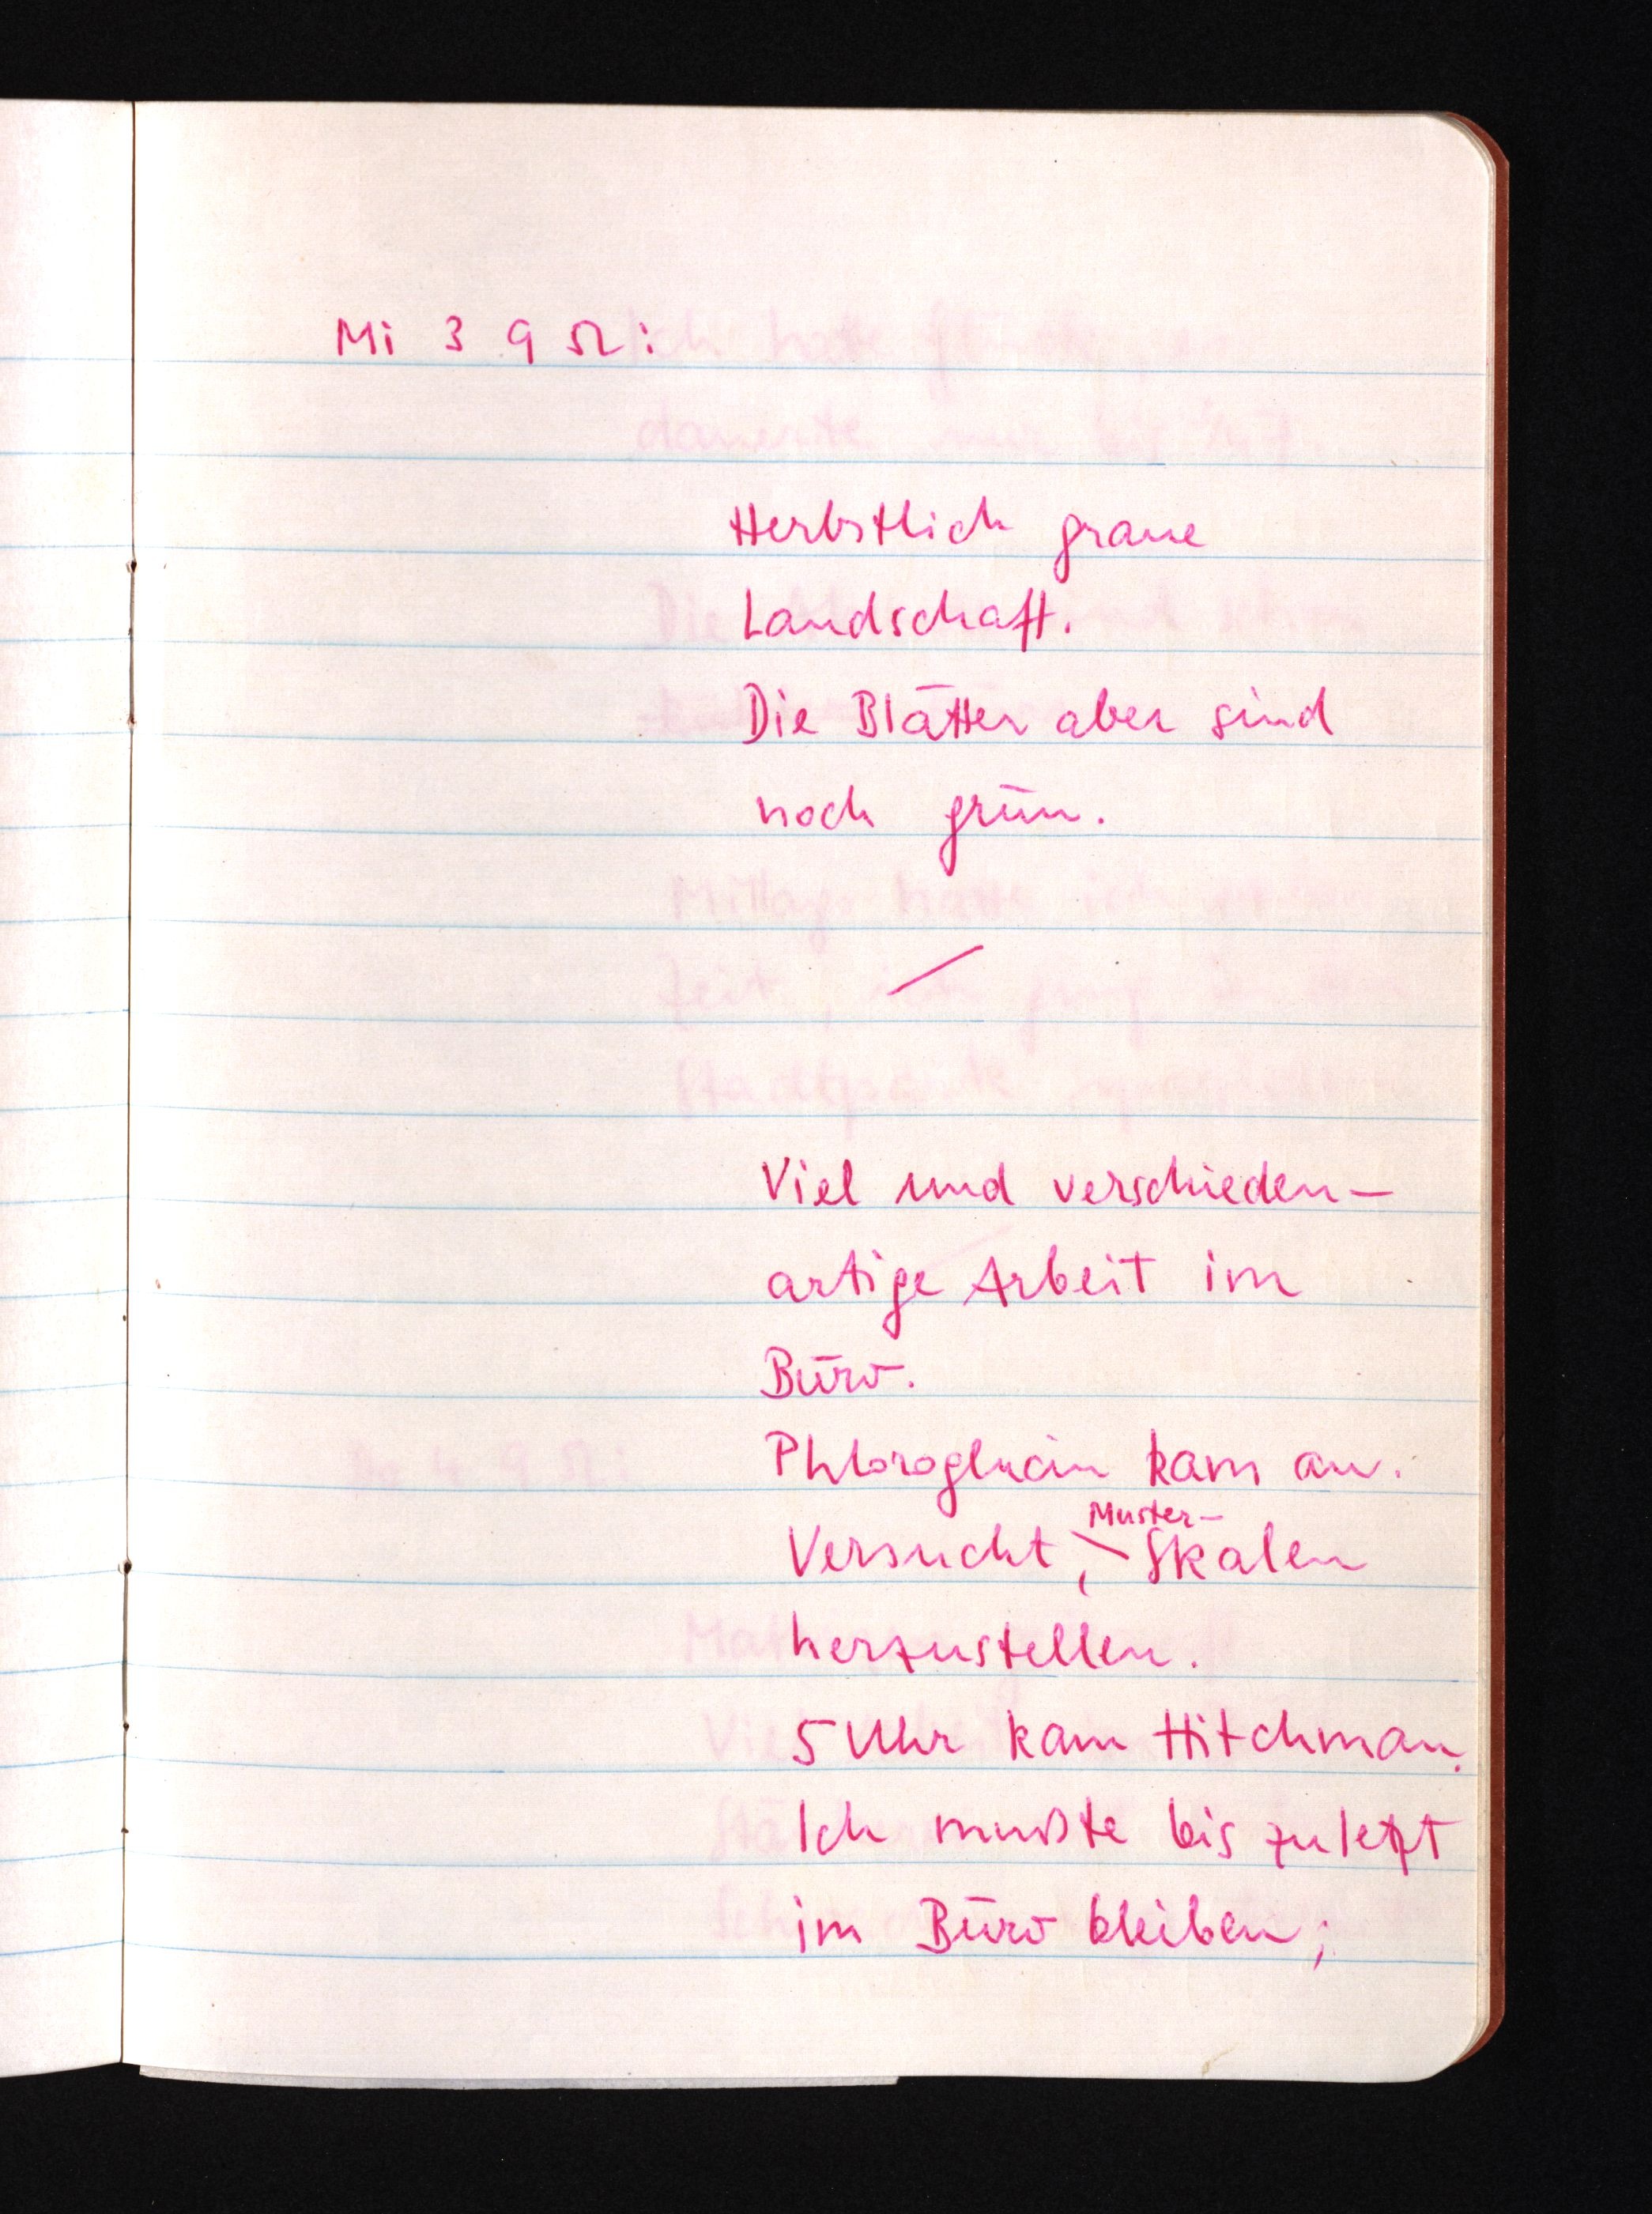
Mi 3 9 52:
Herbstlich graue
Landschaft.
Die Blätter aber sind
noch grün.
Viel und verschieden¬
artige Arbeit im
Büro.
Phloroglucin kam an.
Muster-
Versucht, Skalen
herzustellen.
5 Uhr kam Hitchman.
Ich mußte bis zuletzt
im Büro bleiben;